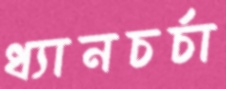
ধ্যানচর্চা